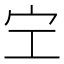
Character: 𡧇